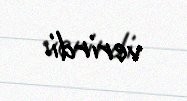
verirdi.